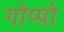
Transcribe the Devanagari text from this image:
गोप्पो